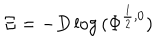
\Xi = - D \log { ( \Phi ^ { \frac { 1 } { 2 } , 0 } ) }